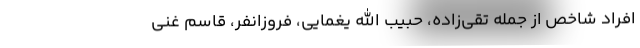
افراد شاخص از جمله تقی‌زاده، حبیب الله یغمایی، فروزانفر، قاسم غنی